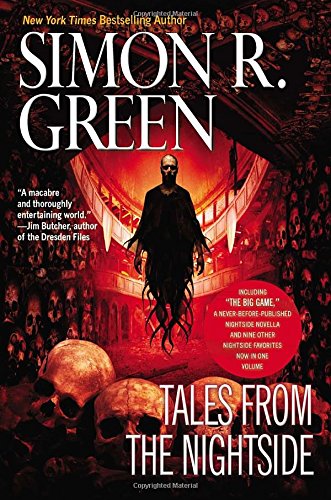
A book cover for Tales from the Nightside (A Nightside Book); Simon R. Green; Science Fiction & Fantasy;